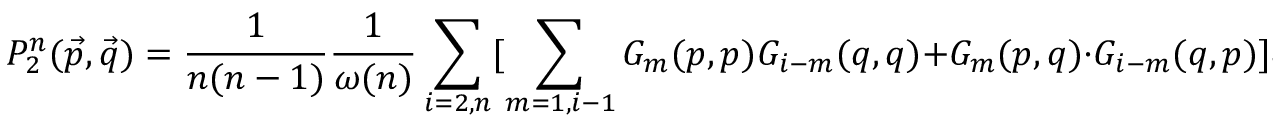
P _ { 2 } ^ { n } ( \vec { p } , \vec { q } ) = \frac { 1 } { n ( n - 1 ) } \frac { 1 } { \omega ( n ) } \sum _ { i = 2 , n } [ \sum _ { m = 1 , i - 1 } G _ { m } ( p , p ) G _ { i - m } ( q , q ) + G _ { m } ( p , q ) \cdot G _ { i - m } ( q , p ) ] \omega ( n - i ) ,